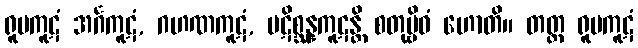
ရူပကူဋံ အင်္ဂကူဋံ, ဂဟဏကူဋံ, ပဋိစ္ဆန္နကူဋန္တိ စတုဗ္ဗိဓံ ဟောတိ။ တတ္ထ ရူပကူဋံ